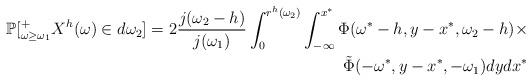
LaTeX: \begin{align*}\mathbb{P}[^{+}_{\omega \ge \omega_1} X^h(\omega) \in d\omega_2]=2\frac{j(\omega_2-h)}{j(\omega_1)}\int_{0}^{r^h(\omega_2)}\int_{-\infty}^{x^*}\Phi(\omega^{*}-h,y-x^*,\omega_2-h) \times \\\tilde{\Phi}(-\omega^*,y-x^*,-\omega_1)dydx^*\end{align*}